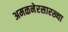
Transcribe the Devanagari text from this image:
अमळनेरसारख्या